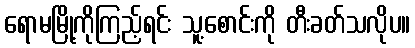
ရောမမြို့ကိုကြည့်ရင်း သူ့စောင်းကို တီးခတ်သလိုပ။